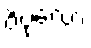
ဝိပုလော